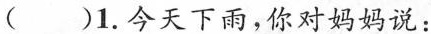
( )1.今天下雨,你对妈妈说: